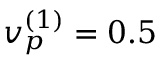
v _ { p } ^ { ( 1 ) } = 0 . 5